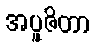
အပူဇိတာ